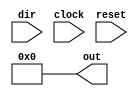
module counter(out, dir, clock, reset);
input dir, clock, reset;
output [3:0] out;
reg [3:0] out;

always @ (reset)
	out = 4'b0000;
always @(posedge clock)
	if (dir == 1)
		out = out + 1;
	else
		out = out - 1;

endmodule